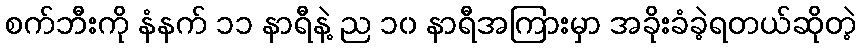
စက်ဘီးကို နံနက် ၁၁ နာရီနဲ့ ည ၁၀ နာရီအကြားမှာ အခိုးခံခဲ့ရတယ်ဆိုတဲ့